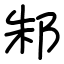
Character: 邾